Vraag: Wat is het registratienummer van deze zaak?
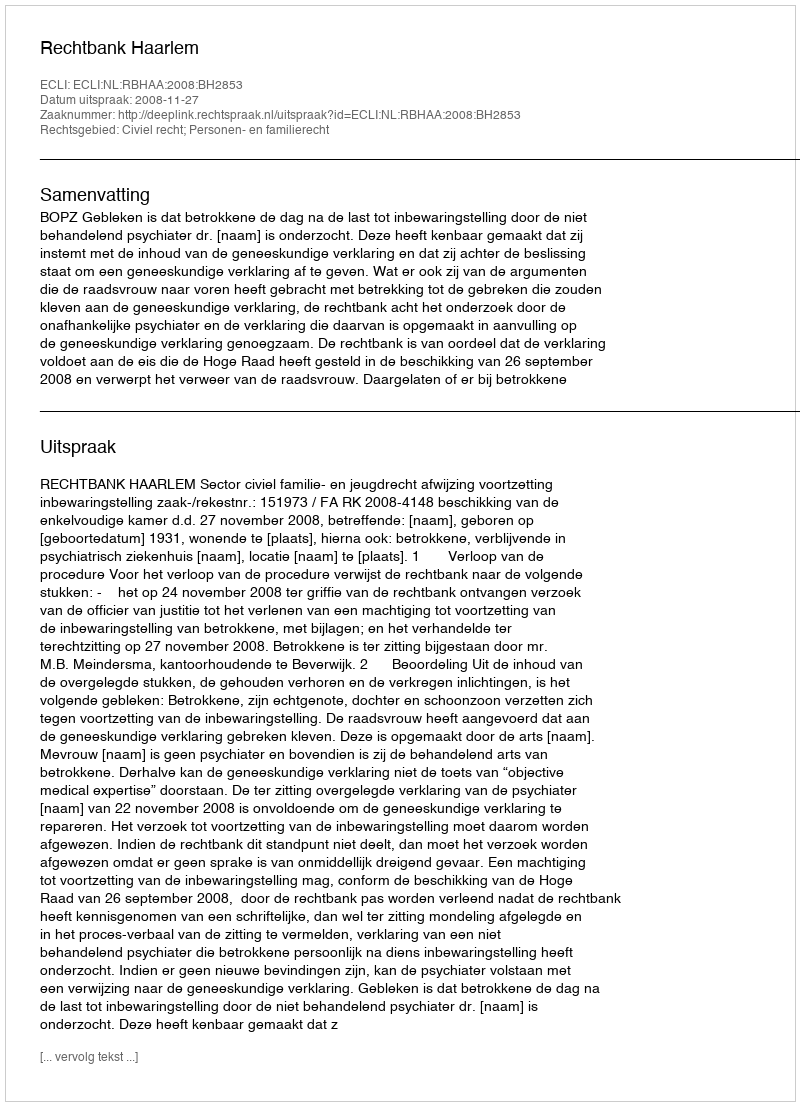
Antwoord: http://deeplink.rechtspraak.nl/uitspraak?id=ECLI:NL:RBHAA:2008:BH2853